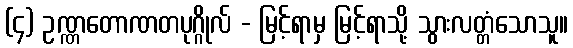
(၄) ဥဏ္ဏတောဏတပုဂ္ဂိုလ် - မြင့်ရာမှ မြင့်ရာသို့ သွားလတ္တံသောသူ။